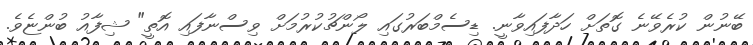
ބޭނުން ކުރެވޭނެ ގޮތަށް ހަދާފައިވާނީ. ޑިސެމްބަރުގައި ލޯންޗުކުރުމަށް ވިސްނާފައި އޮތީ" ޝިފާއު ބުންޏެވެ.